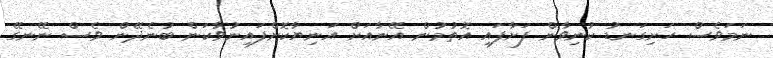
ނަމަވެސް ހަށިގަނޑު ކުނިވާން ފަށާފައި އޮތުމުން އޭނާއަށް އަނިޔާކޮށްފައިނުވާކަން ބުނެދޭން ވެސް ނޭނގޭ